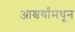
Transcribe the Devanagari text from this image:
आश्चर्यांमधून